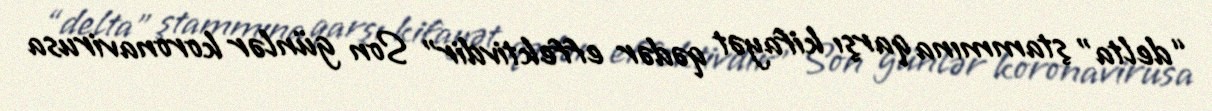
“delta” ştammına qarşı kifayət qədər effektivdir" Son günlər koronavirusa